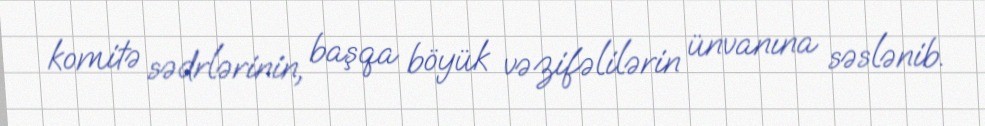
komitə sədrlərinin, başqa böyük vəzifəlilərin ünvanına səslənib.